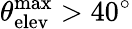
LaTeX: \theta_{\mathrm{elev}}^{\mathrm{max}}>40^{\circ}